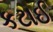
કટાઈ